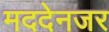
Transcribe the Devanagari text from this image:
मददेनजर